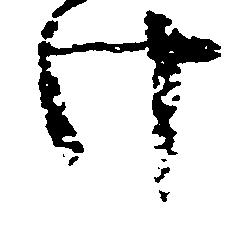
け